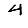
Digit: 4